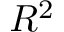
R ^ { 2 }